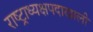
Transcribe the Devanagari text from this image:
राष्ट्राध्यक्षपदाखाली